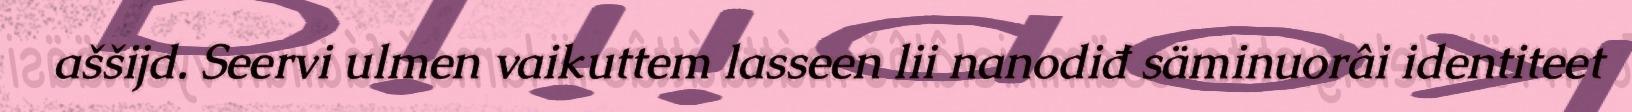
aššijd. Seervi ulmen vaikuttem lasseen lii nanodiđ säminuorâi identiteet